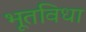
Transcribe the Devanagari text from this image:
भूतविधा